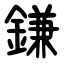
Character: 鎌